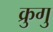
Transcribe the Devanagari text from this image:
क्रुगु